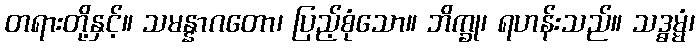
တရားတို့နှင့်။ သမန္နာဂတော၊ ပြည့်စုံသော။ ဘိက္ခု၊ ရဟန်းသည်။ သဒ္ဓမ္မံ၊